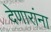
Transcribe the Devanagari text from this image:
देणारांना